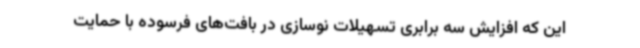
این که افزایش سه ‌برابری تسهیلات نوسازی در بافت‌های فرسوده با حمایت